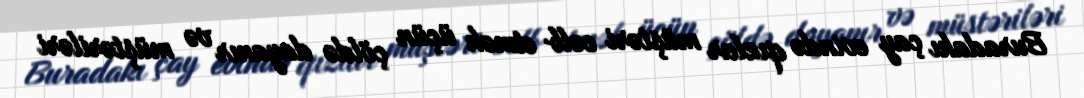
Buradakı çay evində qızlar müştəri cəlb etmək üçün çöldə dayanır və müştəriləri